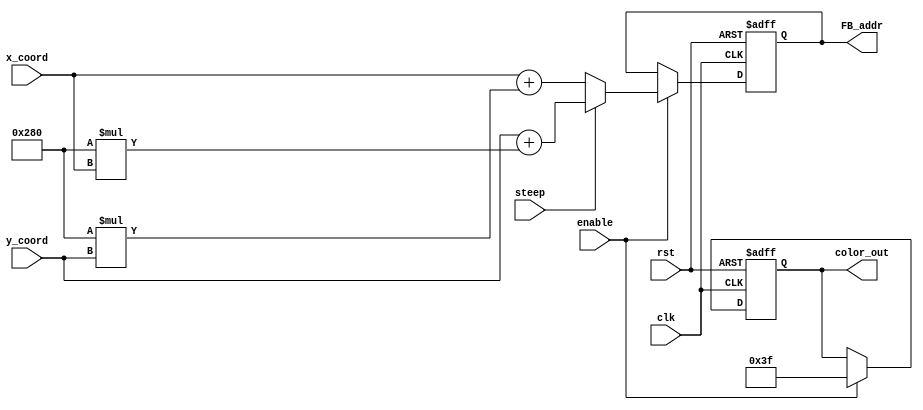
module FB_addr_col_gen
#(parameter WIDTH=10)
// input signals
(clk, rst, enable, steep,x_coord, y_coord, 
// output signals
FB_addr, color_out
);
input clk, rst, enable, steep;
input [WIDTH-1:0] x_coord, y_coord;
output reg [5:0] color_out;
output reg [18:0] FB_addr;

always @(posedge clk or posedge rst)
begin
	if(rst) begin
		FB_addr   <= 0;
		color_out   <= 0;
	end
	else if(enable) begin
		color_out   <= 6'b111111;
		// 10'b1010000000 >> 640
		if(!steep) FB_addr <= x_coord + 10'b1010000000*y_coord;
		else FB_addr <= y_coord + 10'b1010000000*x_coord;
	end

end
endmodule